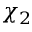
\chi _ { 2 }